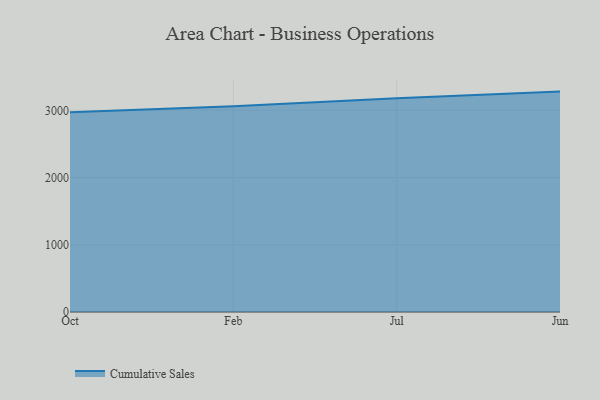
{"axis": {"x": "Month", "y": "Conversion Rate (%)"}, "legend": ["Cumulative Sales"], "data": [{"x": "Oct", "y": 2971.7, "type": "Cumulative Sales"}, {"x": "Feb", "y": 3059.3, "type": "Cumulative Sales"}, {"x": "Jul", "y": 3180.7, "type": "Cumulative Sales"}, {"x": "Jun", "y": 3278.5, "type": "Cumulative Sales"}]}